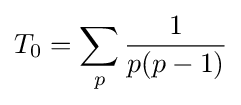
T_{0}=\sum _{p}{\frac {1}{p(p-1)}}